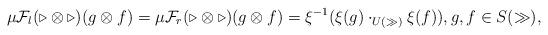
LaTeX: \begin{gather*}\mu \mathcal{F}_l(\triangleright\otimes\triangleright)(g\otimes f) =\mu \mathcal{F}_r(\triangleright\otimes\triangleright)(g\otimes f)= \xi^{-1}(\xi(g)\cdot_{U(\gg)}\xi(f)),g,f\in S(\gg),\end{gather*}